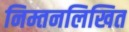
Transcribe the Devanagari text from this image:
निम्तनलिखित